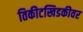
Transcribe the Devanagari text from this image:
तिकीटखिडकीवर